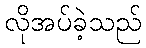
လိုအပ်ခဲ့သည်